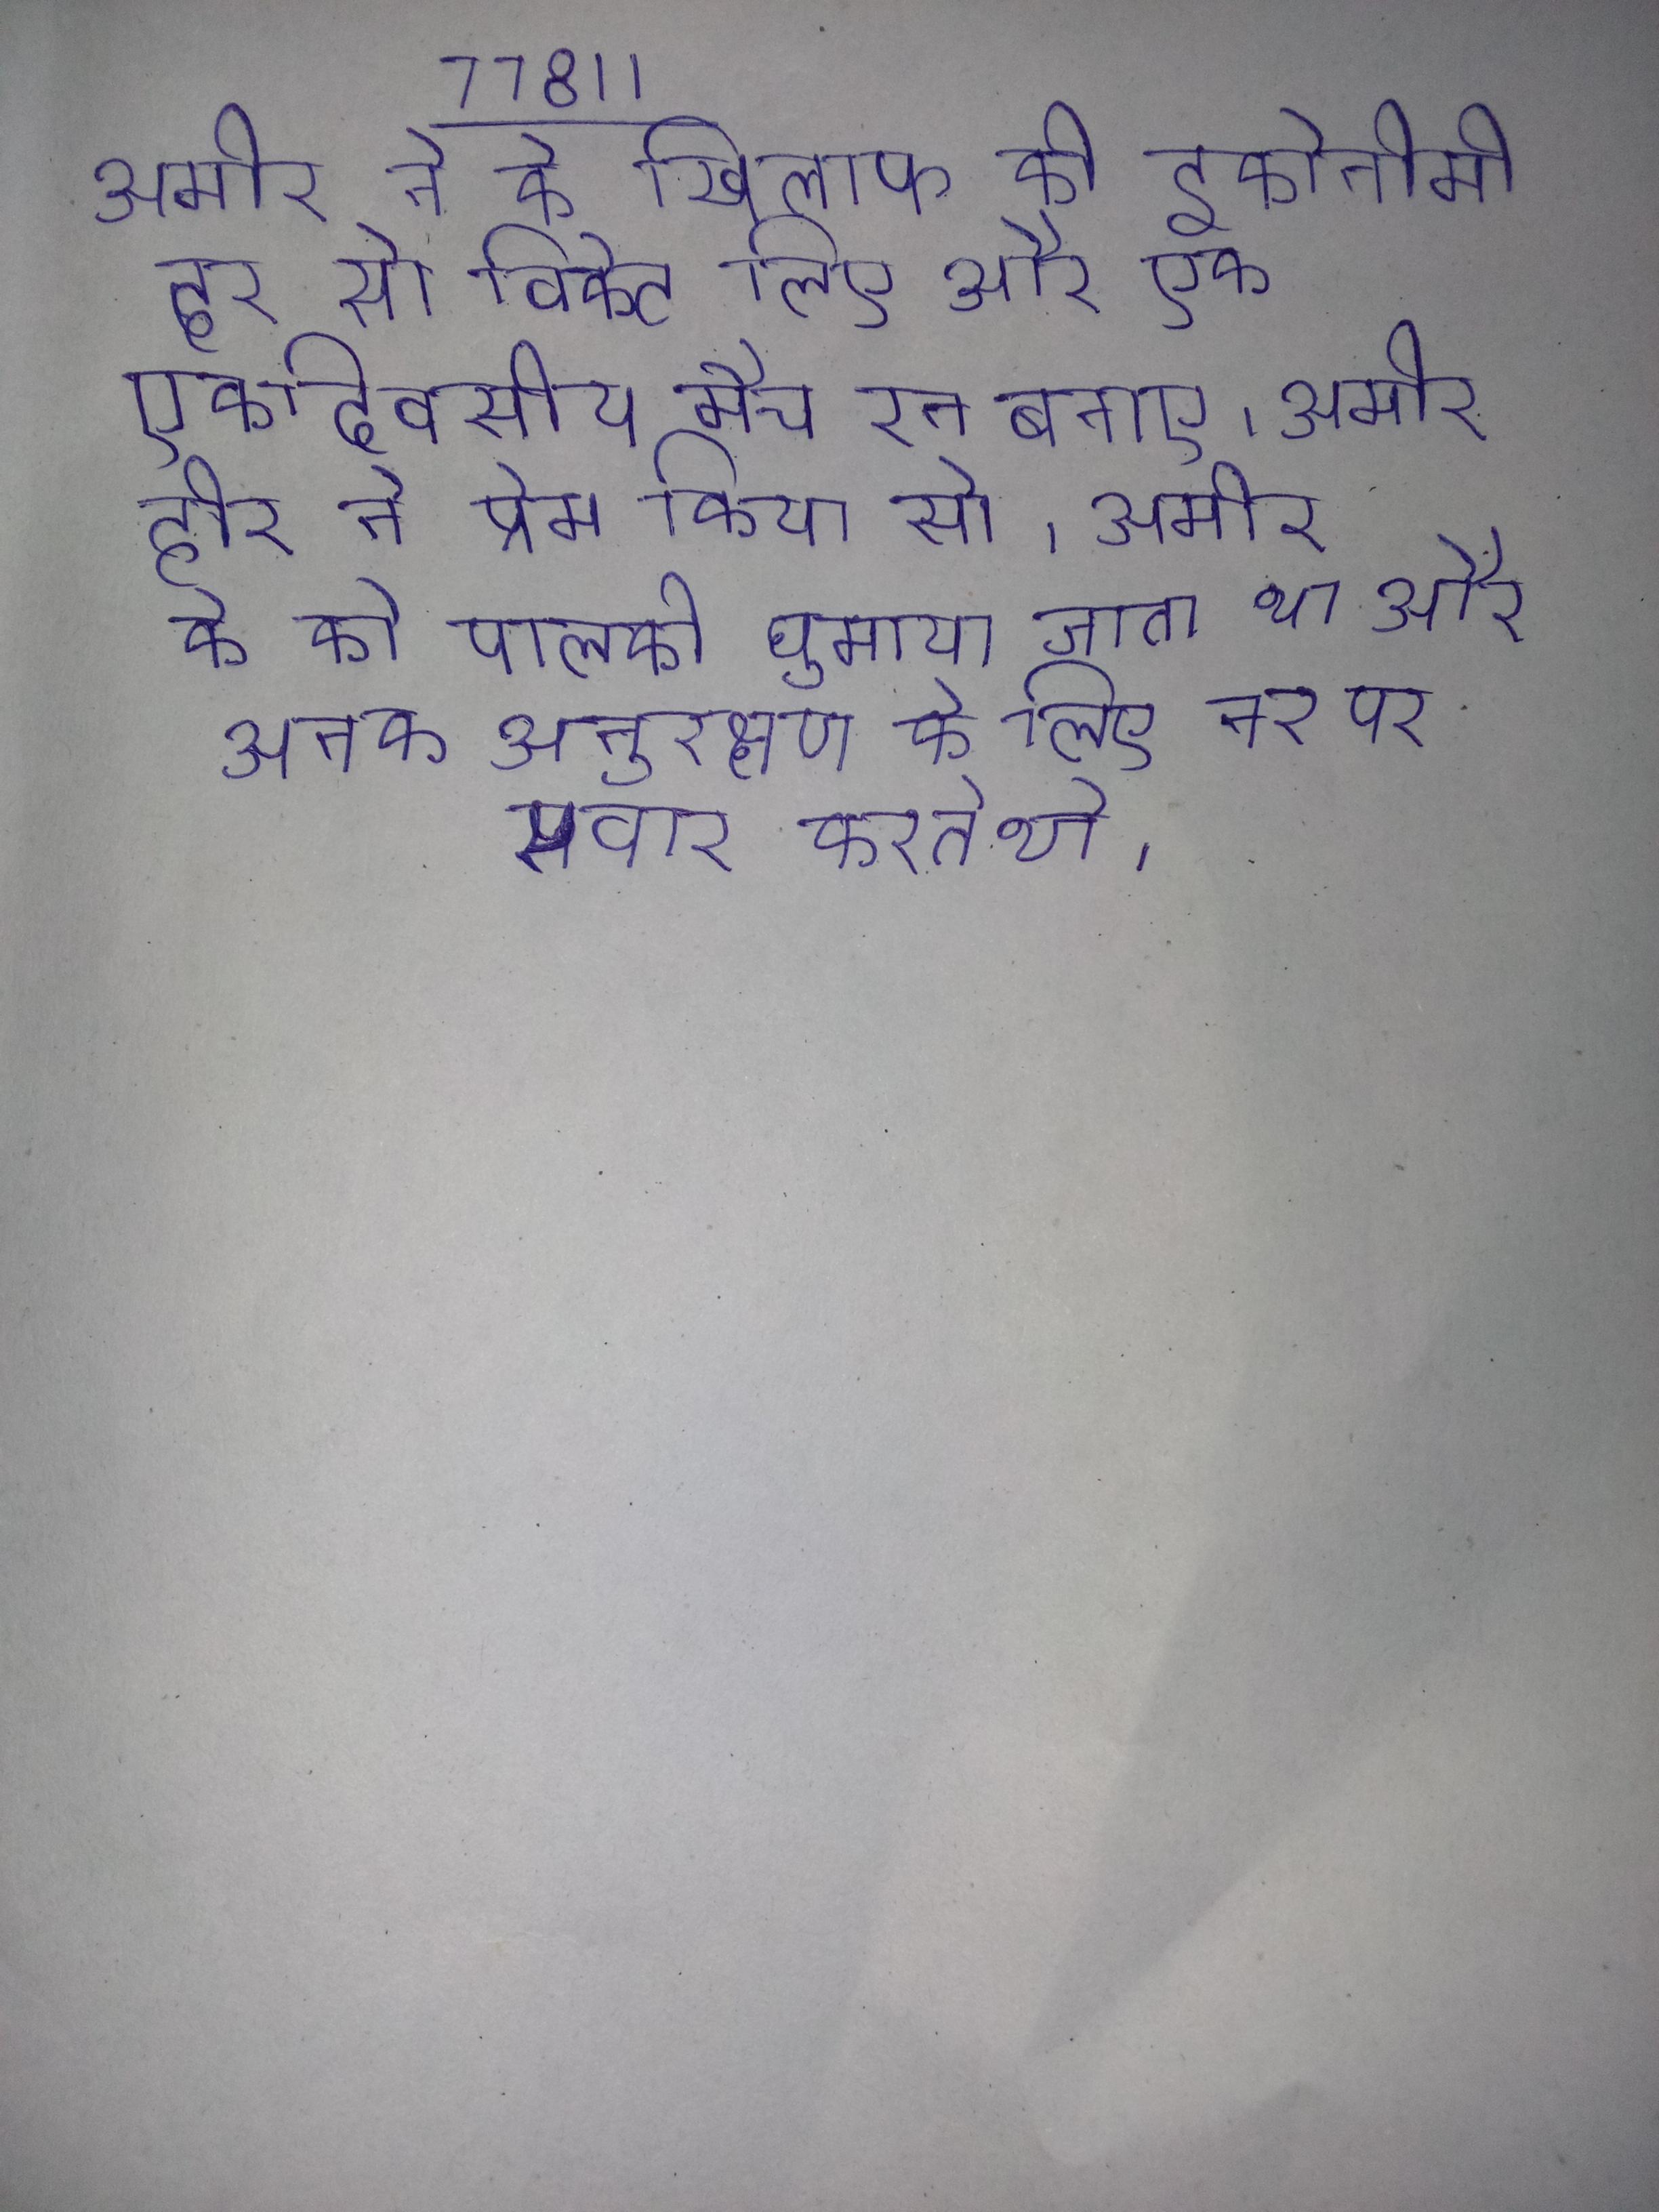
अमीर ने के खिलाफ की इकोनोमी दर से विकेट लिए और एक एकदिवसीय मैच रन बनाए । अमीर परिवार की खूबसूरत हीर ने प्रेम किया से । अमीर के को पालकी घुमाया जाता था और उनके अनुरक्षण के लिए नर पर सवार करते थे ।